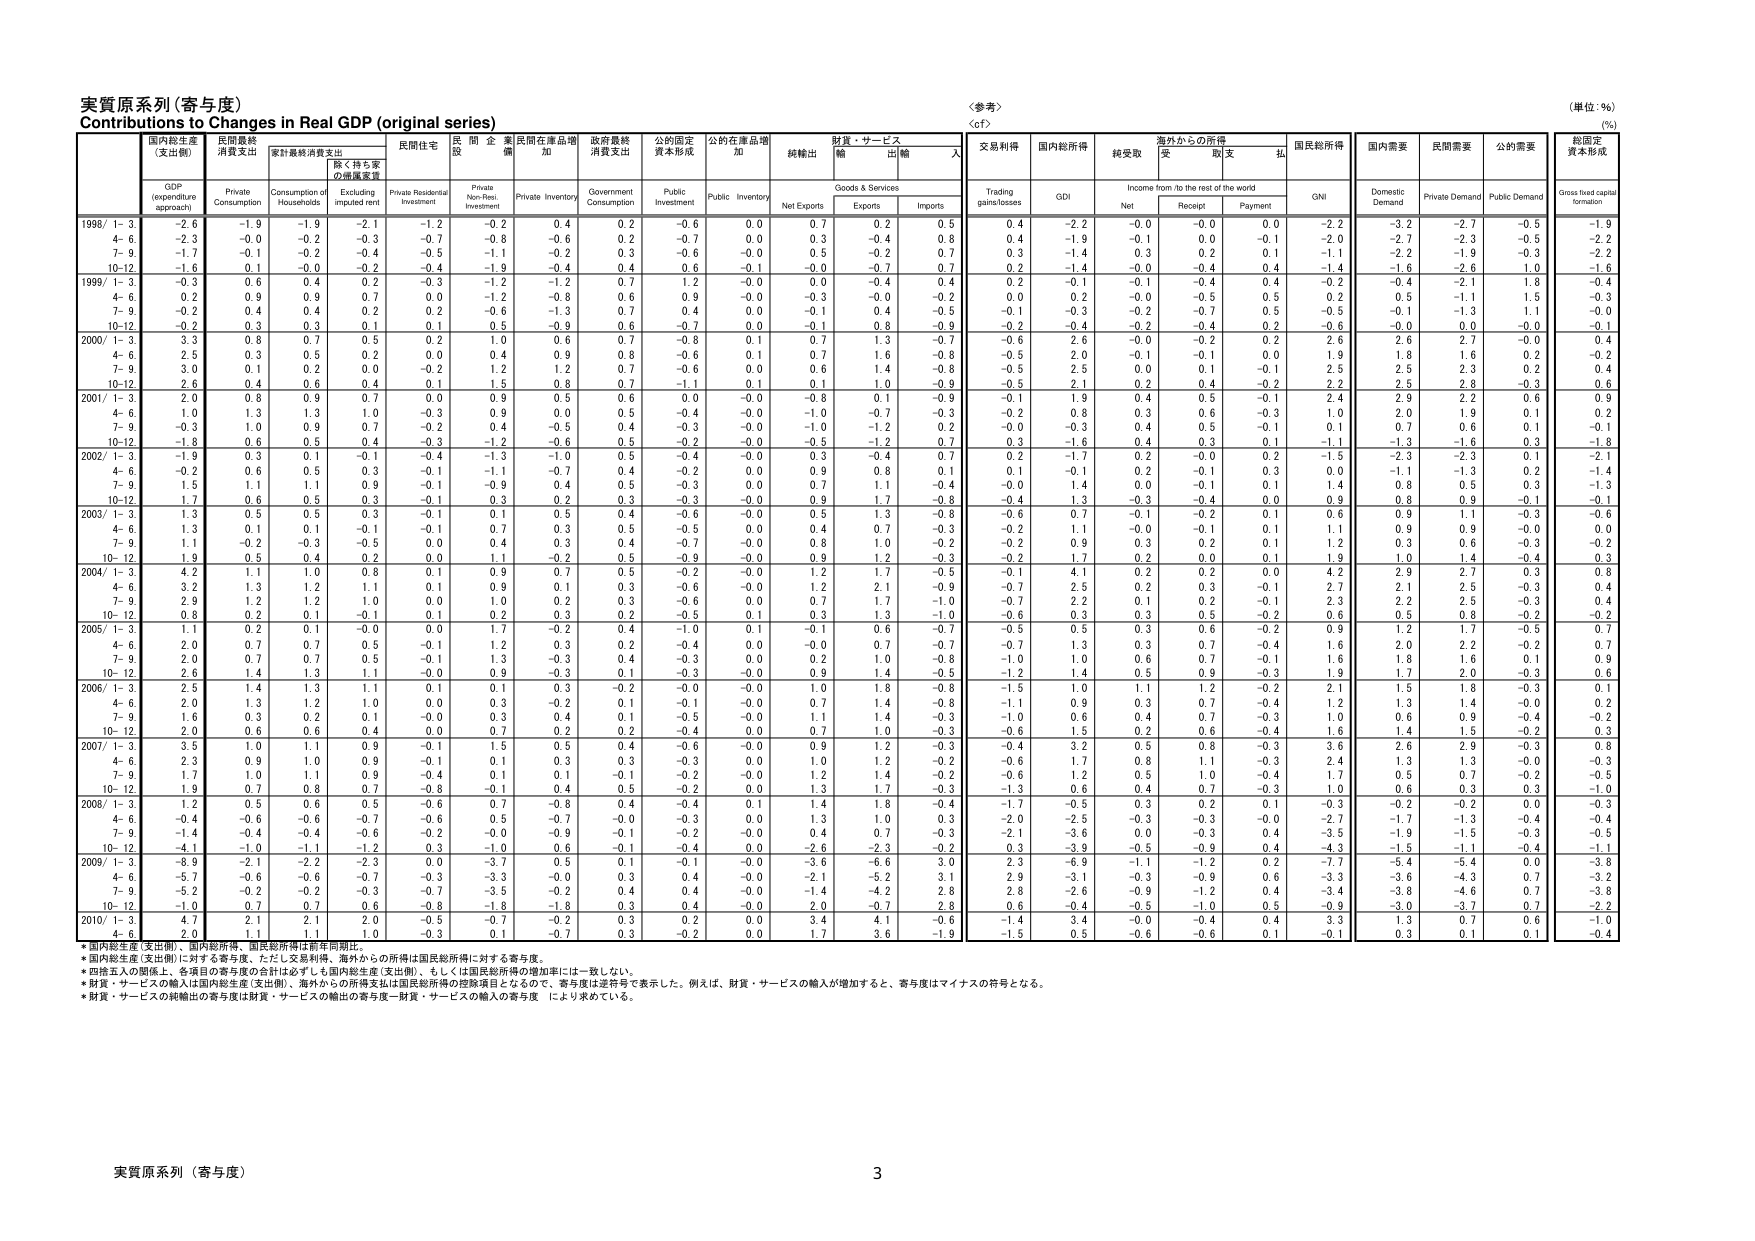
実質原系列（寄与度）
Contributions to Changes in Real GDP (original series)
＜参考＞
（単位：％）
（%）

国内総生産
（支出側）
GDP
(expenditure
approach)
民間最終
消費支出
Private
Consumption
家計最終消費支出
Consumption of
Households
除く持ち家
の価値変更
Excluding
Imputed rent
民間住宅
Private Residential
Investment
民間非住宅
投資
Private Non-Resi.
Investment
民間在庫品増加
Private Inventory
政府最終
消費支出
Government
Consumption
公的固定
資本形成
Public
Investment
公的在庫品増加
Public Inventory
純輸出
Net Exports
財貨・サービス
Goods & Services
輸出
Exports
輸入
Imports
交易利得
Trading
gains/losses
国内総所得
GDI
純受取
Net
海外からの所得
Income from /to the rest of the world
受取
Receipt
支払
Payment
国民総所得
GNI
国内需要
Domestic
Demand
民間需要
Private Demand
公的需要
Public Demand
総固定
資本形成
Gross fixed capital
formation

1998/ 1- 3
-2.6
-1.9
-1.9
-2.1
-1.2
-0.2
0.4
0.2
-0.6
0.0
0.7
0.2
0.5
0.4
-2.2
-0.0
-0.0
0.0
-2.2
-3.2
-2.7
-0.5
-1.9
4- 6
-2.3
-0.0
-0.2
-0.3
-0.7
-0.8
-0.6
0.2
-0.7
0.0
0.3
-0.4
0.8
0.4
-1.9
-0.1
0.0
-0.1
-2.0
-2.7
-2.3
-0.5
-2.2
7- 9
-1.7
-0.1
-0.2
-0.3
-0.5
-1.1
-0.2
0.3
-0.6
-0.0
0.5
-0.2
0.7
0.3
-1.4
0.3
0.2
0.1
-1.1
-2.2
-1.9
-0.3
-0.3
10-12
-1.6
0.1
-0.0
-0.2
-0.4
-1.9
-0.4
0.4
0.6
-0.1
-0.0
-0.7
0.7
0.2
-1.4
-0.0
-0.4
0.4
-1.4
-1.6
-2.6
1.0
-1.6

1999/ 1- 3
-0.3
0.6
0.4
0.2
-0.3
-1.2
-1.2
0.7
1.2
-0.0
0.0
-0.4
0.4
0.2
-0.1
-0.1
-0.4
0.4
-0.2
-0.4
-2.1
1.8
-0.4
4- 6
0.2
0.9
0.9
0.7
0.0
-1.2
-0.8
0.6
0.9
-0.0
-0.3
-0.0
-0.2
0.0
0.2
-0.0
-0.5
0.5
0.2
0.5
-1.1
1.5
-0.3
7- 9
-0.2
0.4
0.4
0.2
0.2
-0.6
-1.3
0.7
0.4
0.0
-0.1
0.4
-0.5
-0.1
-0.3
-0.2
-0.7
0.5
-0.5
-0.1
-1.3
1.1
-0.0
10-12
-0.2
0.3
0.3
0.1
0.1
0.5
-0.9
0.6
-0.7
0.0
-0.1
0.8
-0.9
-0.2
-0.4
-0.2
-0.4
0.2
-0.6
-0.0
0.0
-0.0
-0.1

2000/ 1- 3
3.3
0.8
0.7
0.5
0.2
1.0
0.6
0.7
-0.8
0.1
0.7
1.3
-0.7
-0.6
2.6
-0.0
-0.2
0.2
2.6
2.6
2.7
-0.0
0.4
4- 6
2.5
0.3
0.5
0.2
0.0
0.4
0.9
0.8
-0.6
0.1
0.7
1.6
-0.8
-0.5
2.0
-0.1
-0.1
0.0
1.9
1.8
1.6
0.2
-0.2
7- 9
3.0
0.1
0.2
0.0
-0.2
1.2
1.2
0.7
-0.6
0.0
0.6
1.4
-0.8
-0.5
2.5
0.0
0.1
-0.1
2.5
2.5
2.3
0.2
0.4
10-12
2.6
0.4
0.6
0.4
0.1
1.5
0.8
0.7
-1.1
0.1
0.1
1.0
-0.9
-0.5
2.1
0.2
0.4
-0.2
2.2
2.5
2.8
-0.3
0.6

2001/ 1- 3
2.0
0.8
0.8
0.7
0.0
0.9
0.5
0.6
0.0
-0.0
-0.8
-0.1
-0.9
-0.1
1.9
0.4
0.5
-0.1
2.4
2.9
2.2
0.6
0.9
4- 6
1.0
1.3
1.3
1.0
-0.3
0.9
0.0
0.5
-0.4
-0.0
-1.0
-0.7
0.3
-0.2
0.8
0.3
0.6
-0.3
1.0
2.0
1.9
0.2
0.3
7- 9
-0.3
1.0
0.9
0.7
-0.2
0.4
-0.5
0.4
-0.3
-0.0
-1.0
-1.2
0.2
-0.0
-0.3
0.4
0.5
-0.1
0.1
0.7
0.6
0.1
-0.1
10-12
-1.8
0.6
0.5
0.4
-0.3
-1.2
-0.6
0.5
-0.2
-0.0
-0.5
-1.2
0.7
0.3
-1.6
0.4
0.3
0.1
-1.1
-1.3
-1.6
0.3
-1.8

2002/ 1- 3
-1.9
0.3
0.1
-0.1
-0.4
-1.3
-1.0
0.5
-0.4
-0.0
0.3
-0.4
0.7
0.2
-1.7
0.2
-0.0
0.2
-1.5
-2.3
-2.3
0.1
-2.1
4- 6
-0.2
0.6
0.5
0.3
-0.1
-1.1
-0.7
0.4
-0.2
0.0
0.9
0.8
0.1
0.1
-0.1
0.2
-0.1
0.3
0.0
-1.1
-1.3
0.2
-1.4
7- 9
1.5
1.1
1.1
0.9
-0.1
-0.9
0.4
0.5
-0.3
0.0
0.7
1.1
-0.4
-0.0
1.4
0.0
-0.1
0.1
1.4
0.8
0.5
0.3
-1.3
10-12
1.7
0.6
0.5
0.3
-0.1
0.3
0.2
0.3
-0.3
-0.0
0.9
1.7
-0.8
-0.4
1.3
-0.3
-0.4
0.0
0.9
0.8
0.9
-0.1
-0.1

2003/ 1- 3
1.3
0.5
0.5
0.3
-0.1
0.1
0.5
0.4
-0.6
-0.0
0.5
1.3
-0.8
-0.6
0.7
-0.1
-0.2
0.1
0.6
0.9
1.1
-0.3
-0.6
4- 6
1.3
0.1
0.1
-0.1
-0.1
0.7
0.3
0.5
-0.5
0.0
0.4
0.7
-0.3
-0.2
1.1
-0.0
-0.1
0.1
1.1
0.9
0.9
-0.0
0.0
7- 9
1.1
-0.2
-0.3
-0.5
0.0
0.4
0.3
0.4
-0.7
-0.0
0.8
1.0
-0.2
-0.2
0.9
0.3
0.2
0.1
1.2
0.3
0.6
-0.3
-0.2
10-12
1.9
0.5
0.4
0.2
0.0
-0.2
0.5
0.5
-0.9
-0.0
0.9
1.2
-0.3
-0.2
1.7
0.2
0.0
0.1
1.9
1.0
1.4
-0.4
0.3

2004/ 1- 3
4.2
1.1
1.0
0.8
0.1
0.9
0.7
0.5
-0.2
-0.0
1.2
1.7
-0.5
-0.1
4.1
0.2
0.2
0.0
4.2
2.9
2.7
0.3
0.8
4- 6
3.2
1.3
1.2
1.1
0.1
0.9
0.1
0.3
-0.6
-0.0
1.2
2.1
-0.9
-0.7
2.5
0.2
0.3
-0.1
2.7
2.1
2.5
-0.3
0.4
7- 9
2.9
1.2
1.2
1.0
0.0
1.0
0.2
0.3
-0.6
0.0
0.7
1.7
-1.0
-0.7
2.2
0.1
0.2
-0.1
2.3
2.2
2.5
-0.3
0.4
10-12
0.8
0.2
0.1
-0.1
0.1
0.2
0.3
0.2
-0.5
0.1
0.3
1.3
-1.0
-0.6
0.3
0.3
0.5
-0.2
0.6
0.5
0.8
-0.2
-0.2

2005/ 1- 3
1.1
0.2
0.1
-0.0
0.0
1.7
-0.2
0.4
-1.0
0.1
-0.1
0.6
-0.7
-0.5
0.5
0.3
0.6
-0.2
0.9
1.2
1.7
-0.5
0.7
4- 6
2.0
0.7
0.7
0.5
-0.1
1.2
0.3
0.2
-0.4
0.0
-0.0
0.7
-0.7
-0.7
1.3
0.3
0.7
-0.4
1.6
2.0
2.2
-0.2
0.7
7- 9
2.0
0.7
0.7
0.5
-0.1
1.3
-0.3
0.4
-0.3
0.0
0.2
1.0
-0.8
-1.0
1.0
0.6
0.7
-0.1
1.6
1.8
1.6
0.1
0.9
10-12
2.6
1.4
1.3
1.1
-0.0
0.9
-0.3
0.1
-0.3
-0.0
0.9
1.4
-0.5
-1.2
1.4
0.5
0.9
-0.3
1.9
1.7
2.0
-0.3
0.6

2006/ 1- 3
2.5
1.4
1.3
1.1
0.1
0.1
0.3
-0.2
-0.0
-0.0
1.0
1.8
-0.8
-1.5
1.0
1.1
1.2
-0.2
2.1
1.5
1.8
-0.3
0.1
4- 6
2.0
1.3
1.2
1.0
0.0
0.3
-0.2
0.1
-0.1
-0.0
0.7
1.4
-0.8
-1.1
0.9
0.3
0.7
-0.4
1.2
1.3
1.4
-0.0
0.2
7- 9
1.6
0.3
0.2
0.1
-0.0
0.3
0.4
0.1
-0.5
-0.0
1.1
1.4
-0.3
-1.0
0.6
0.4
0.7
-0.3
1.0
0.6
0.9
-0.4
-0.2
10-12
2.0
0.6
0.6
0.4
0.0
0.7
0.2
0.2
-0.4
0.0
0.7
1.0
-0.3
-0.6
1.5
0.2
0.6
-0.4
1.6
1.4
1.5
-0.2
0.3

2007/ 1- 3
3.5
1.0
1.1
0.9
-0.1
1.5
0.5
0.4
-0.6
-0.0
0.9
1.2
-0.3
-0.4
3.2
0.5
0.8
-0.3
3.6
2.6
2.9
-0.3
0.8
4- 6
2.3
0.9
1.0
0.9
-0.1
0.1
0.3
0.3
-0.3
0.0
1.0
1.2
-0.2
-0.6
1.7
0.8
1.1
-0.3
2.4
1.3
1.3
-0.0
-0.3
7- 9
1.7
1.0
1.1
0.9
-0.4
0.1
0.1
-0.1
-0.2
-0.0
1.2
1.4
-0.2
-0.6
1.2
0.5
1.0
-0.4
1.7
0.5
0.7
-0.2
-0.5
10-12
1.9
0.7
0.8
0.7
-0.8
-0.1
0.4
0.5
-0.2
0.0
1.3
1.7
-0.3
-1.3
0.6
0.4
0.7
-0.3
1.0
0.6
0.3
0.3
-1.0

2008/ 1- 3
1.2
0.5
0.6
0.5
-0.6
0.7
-0.8
0.4
-0.4
0.1
1.4
1.8
-0.4
-1.7
-0.5
0.3
0.2
0.1
-0.3
-0.2
-0.2
0.0
-0.3
4- 6
-0.4
-0.6
-0.6
-0.7
-0.6
0.5
-0.7
-0.0
-0.3
0.0
1.3
1.0
0.3
-2.0
-2.5
-0.3
-0.3
-0.0
-2.7
-1.7
-1.3
-0.4
-0.4
7- 9
-1.4
-0.4
-0.4
-0.6
-0.2
-0.0
-0.9
-0.1
-0.2
-0.0
0.4
0.7
-0.3
-2.1
-3.6
0.0
-0.3
0.4
-3.5
-1.9
-1.5
-0.3
-0.5
10-12
-4.1
-1.0
-1.1
-1.2
0.3
-1.0
0.6
-0.1
-0.4
0.0
-2.6
-2.3
-0.2
0.3
-3.9
-0.5
-0.9
0.4
-4.3
-1.5
-1.1
-0.4
-1.1

2009/ 1- 3
-8.9
-2.1
-2.2
-2.3
0.0
-3.7
0.5
0.1
-0.1
-0.0
-3.6
-6.6
3.0
2.3
-6.9
-1.1
-1.2
0.2
-7.7
-5.4
-5.4
0.0
-3.8
4- 6
-5.7
-0.6
-0.6
-0.7
-0.3
-3.3
-0.0
0.3
0.4
-0.0
-2.1
-5.2
3.1
2.9
-3.1
-0.3
-0.9
0.6
-3.3
-3.6
-4.3
0.7
-3.2
7- 9
-5.2
-0.2
-0.2
-0.3
-0.7
-3.5
-0.2
0.4
-0.4
-0.0
-1.4
-4.2
2.8
2.8
-2.6
-0.9
-1.2
0.4
-3.4
-3.6
-4.6
0.7
-3.6
10-12
-1.0
0.7
0.7
0.6
-0.8
-1.8
-1.8
0.3
0.4
-0.0
2.0
-0.7
2.8
0.6
-0.4
-0.5
-1.0
0.5
-0.9
-3.0
-3.7
0.7
-2.2

2010/ 1- 3
4.7
2.1
2.1
2.0
-0.5
-0.7
-0.2
0.3
0.2
0.0
3.4
4.1
-0.6
-1.4
3.4
-0.0
-0.4
0.4
3.3
1.3
0.7
0.6
-1.0
4- 6
2.0
1.1
1.1
1.0
-0.3
0.1
-0.7
0.3
-0.2
0.0
1.7
3.6
-1.9
-1.5
0.5
-0.6
-0.6
0.1
-0.1
0.3
0.1
0.1
-0.4

*国内総生産（支出側）、国内総所得、国民総所得は前年同期比。
*国内総生産（支出側）に対する寄与度、ただし交易利得、海外からの所得は国民総所得に対する寄与度。
*四捨五入の関係上、各項目の寄与度の合計は必ずしも国内総生産（支出側）、もしくは国民総所得の増加率には一致しない。
*財貨・サービスの取引は国内総生産（支出側）、海外からの所得支払は国民総所得の控除項目となるので、寄与度は逆符号で表示した。例えば、財貨・サービスの輸入が増加すると、寄与度はマイナスの符号となる。
*財貨・サービスの純輸出の寄与度は財貨・サービスの輸出の寄与度－財貨・サービスの輸入の寄与度 により求めている。

実質原系列（寄与度）
3